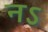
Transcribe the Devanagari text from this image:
नऽ